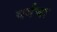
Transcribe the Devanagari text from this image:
वर्गचा